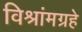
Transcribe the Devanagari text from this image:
विश्रांमग्रहे